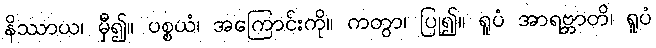
နိဿာယ၊ မှီ၍။ ပစ္စယံ၊ အကြောင်းကို။ ကတွာ၊ ပြု၍။ ရူပံ အာရဗ္ဘာတိ၊ ရူပံ